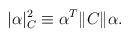
LaTeX: \begin{align*}|\alpha|_C^2 \equiv \alpha^T \|C\| \alpha .\end{align*}